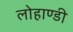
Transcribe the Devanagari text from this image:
लोहाण्डी